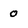
Character: 0